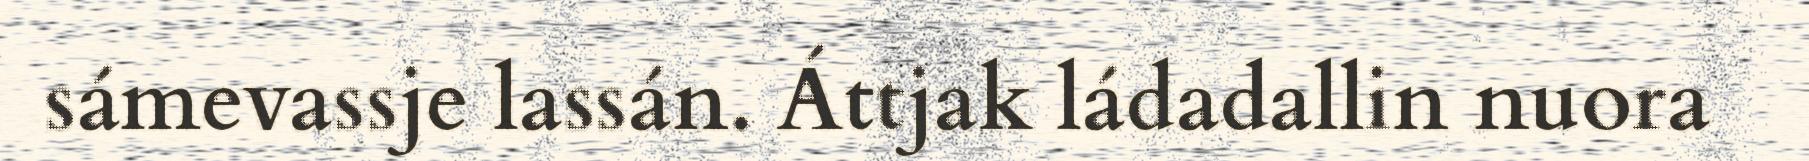
sámevassje lassán. Áttjak ládadallin nuora